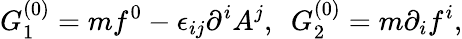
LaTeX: G_{1}^{(0)}=mf^{0}-\epsilon_{ij}\partial^{i}A^{j},~~G_{2}^{(0)}=m\partial_{i}f^{i},